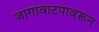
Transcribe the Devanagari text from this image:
जागावाटपावरून